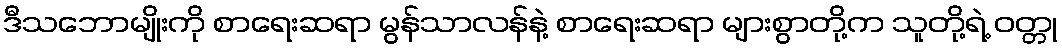
ဒီသဘောမျိုးကို စာရေးဆရာ မွန်သာလန်နဲ့ စာရေးဆရာ များစွာတို့က သူတို့ရဲ့ ဝတ္တု